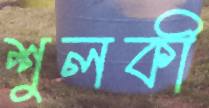
শুলকী